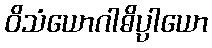
ဝိသံယောဂါဓိပ္ပါယော